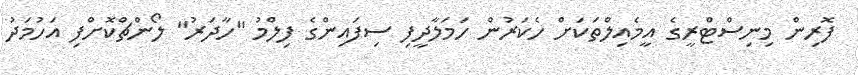
ފޮރިން މިނިސްޓްރީގެ އީމެއިލްތަކަށް ހެކަރުން ހަމަލާދީފި ސިފައިންގެ ފިލްމު "ހާދަރު" ލޯންޗްކޮށްފި އަހުމަދު